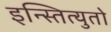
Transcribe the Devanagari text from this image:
इन्स्तित्युतो